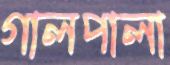
গালপালা